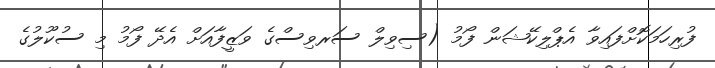
ފުރިހަމަކޮށްފައިވާ އެޕްލިކޭޝަން ފޯމު (ސިވިލް ސަރވިސްގެ ވަޒީފާއަށް އެދޭ ފޯމު މި ސުކޫލުގެ